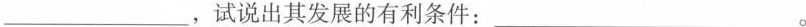
____ ，试说出其发展的有利条件：___ 。